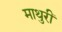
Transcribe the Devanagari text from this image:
माथुरीं